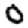
Digit: 0